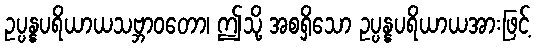
ဥပ္ပန္နပရိယာယသဗ္ဘာဝတော၊ ဤသို့ အစရှိသော ဥပ္ပန္နပရိယာယအားဖြင့်